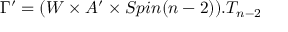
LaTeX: \Gamma ^ { \prime } = ( W \times A ^ { \prime } \times S p i n ( n - 2 ) ) . T _ { n - 2 }